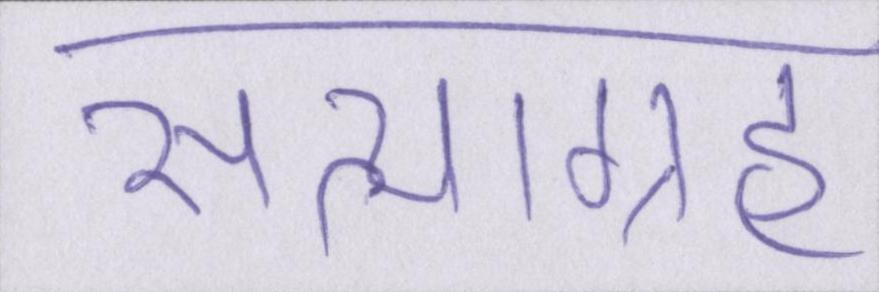
सत्याग्रह